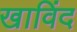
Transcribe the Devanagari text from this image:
खाविंद